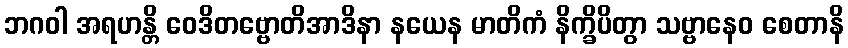
ဘဂဝါ အရဟန္တိ ဝေဒိတဗ္ဗောတိအာဒိနာ နယေန မာတိကံ နိက္ခိပိတွာ သဗ္ဗာနေဝ စေတာနိ